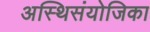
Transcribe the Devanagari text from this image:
अस्थिसंयोजिका